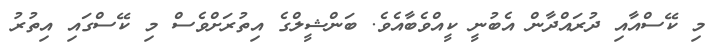
މި ކޭސްއާއި ދުރައްދާން އެބުނީ ކީއްވެބާއެވެ. ބަންޝީލްގެ އިތުރަށްވެސް މި ކޭސްގައި އިތުރު